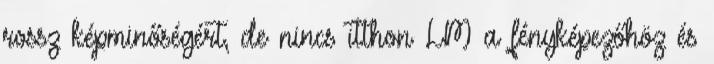
rossz képminőségért, de nincs itthon LM a fényképezőhöz és